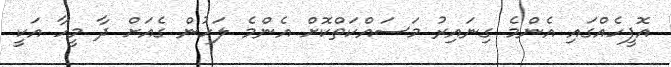
އޮފީހެއްގައި އެންމެ ގިނައިރު މަސައްކަތްކޮށް އެންމެ ލަހުން ގެއަށް ދާ މީހާ އަކީ